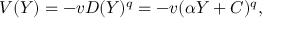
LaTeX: V ( Y ) = - v D ( Y ) ^ { q } = - v ( \alpha Y + C ) ^ { q } ,